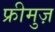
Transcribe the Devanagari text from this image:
फ्रीमुज़